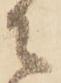
に